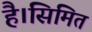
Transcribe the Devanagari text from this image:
है।सिमित